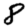
Digit: 8